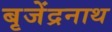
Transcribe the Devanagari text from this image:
बृजेंद्रनाथ